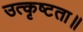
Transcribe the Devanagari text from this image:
उत्कृष्टता॥